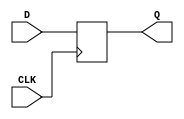
module d_ff_negedge (
    input D,
    input CLK,
    output reg Q
);

always @(negedge CLK)
begin
    Q <= D;
end

endmodule